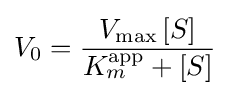
V_{0}={\frac {V_{\max }\,[S]}{K_{m}^{\text{app}}+[S]}}